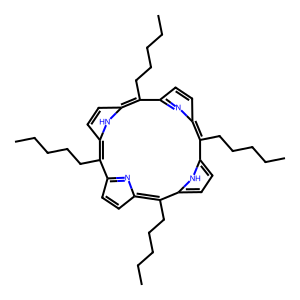
SMILES: CCCCCc1c2ccc(n2)c(CCCCC)c2ccc([nH]2)c(CCCCC)c2ccc(n2)c(CCCCC)c2ccc1[nH]2
Inhibits HIV replication: No